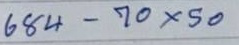
684 - 70 x 50